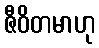
ဇီဝိတမာဟု